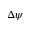
\Delta \psi